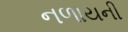
નળાયની